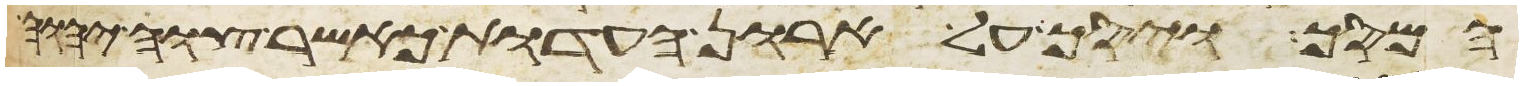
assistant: המסך ויסך על ארון העדות כאשר צוה יהוה